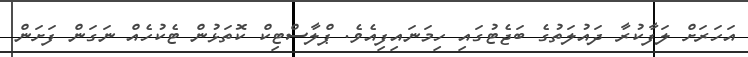
އަހަރަށް ލަފާކުރާ ދައުލަތުގެ ބަޖެޓުގައި ހިމަނައިފިއެވެ. ޕްލާސްޓިކް ކޮތަޅުން ޓެކުހެއް ނަގަން ފަށަން